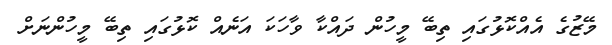
މޭޒުގެ އެއްކޮޅުގައި ތިބޭ މީހުން ދައްކާ ވާހަކަ އަނެއް ކޮޅުގައި ތިބޭ މީހުންނަށް